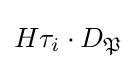
H\tau _{i}\cdot D_{\mathfrak {P}}